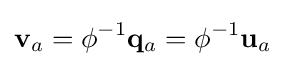
\mathbf {v} _{a}=\phi ^{-1}\mathbf {q} _{a}=\phi ^{-1}\mathbf {u} _{a}